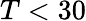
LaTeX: T<30